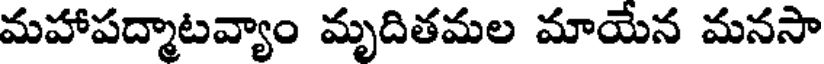
మహాపద్మాటవ్యాం మృదితమల మాయేన మనసా